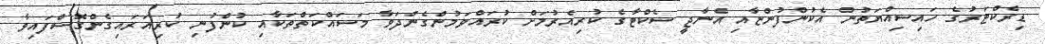
ޑިރެކްޓަރުގެ ހައިސިއްޔަތުން އެކުންފުންޏާއި އެނާޖީ ސެކްޓާގެ ކުރިއެރުމަށް ކުރައްވަމުންގެންދަވާ މަސައްކަތްތަކާއި ކުންފުނި ކުރިއަރައިގެންގޮސްފައިވާ